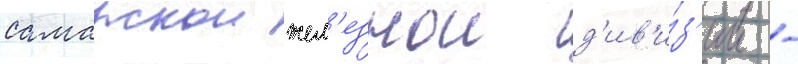
самарскои жел'езнои д'ив'и́з'ии -